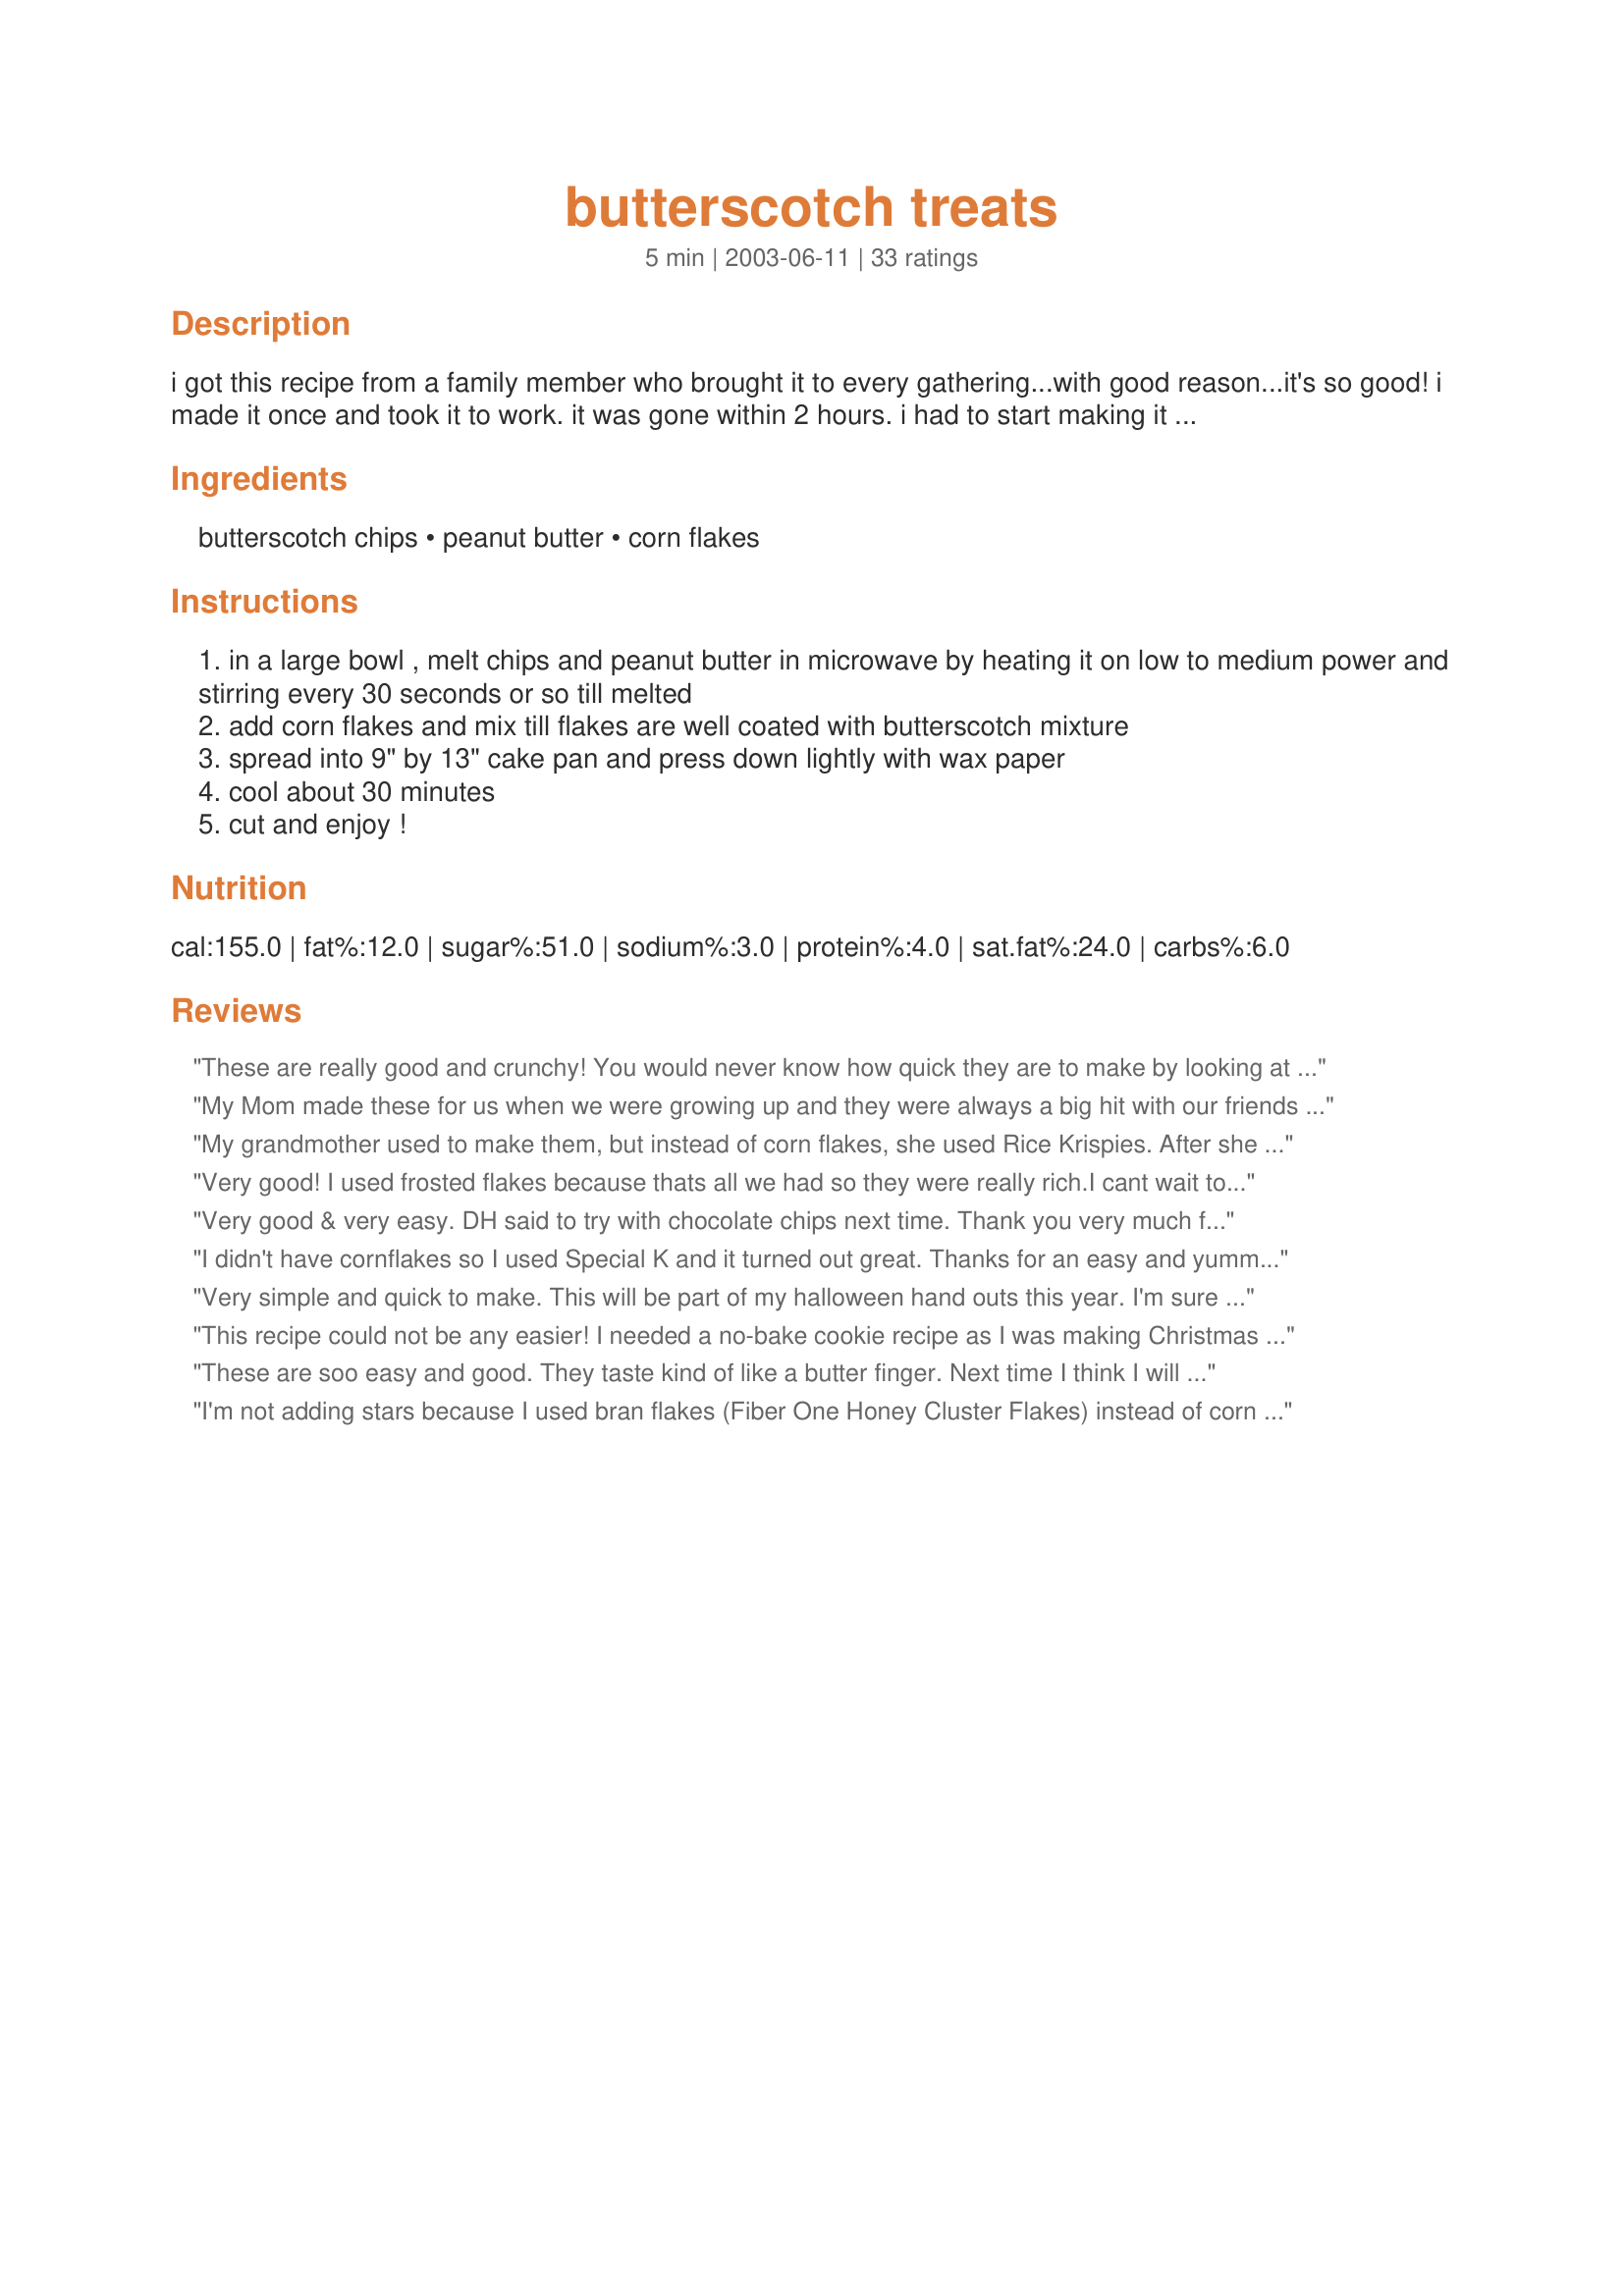
butterscotch treats
Preparation time: 5 minutes

i got this recipe from a family member who brought it to every gathering...with good reason...it's so good! i made it once and took it to work. it was gone within 2 hours. i had to start making it a double batch just so everyone could have some. it is so easy, and so quick. it's a great last minute dish to take.

Ingredients:
butterscotch chips, peanut butter, corn flakes

Steps:
in a large bowl , melt chips and peanut butter in microwave by heating it on low to medium power and stirring every 30 seconds or so till melted
add corn flakes and mix till flakes are well coated with butterscotch mixture
spread into 9" by 13" cake pan and press down lightly with wax paper
cool about 30 minutes
cut and enjoy !

Reviews:
These are really good and crunchy!
You would never know how quick they are to make by looking at them or tasting them. They're terrific!
My Mom made these for us when we were growing up and they were always a big hit with our friends too. I was very happy to find this recipe here! Thanks!
My grandmother used to make them, but instead of corn flakes, she used Rice Krispies. After she made a batch, she always had to hide it, otherwise it would disappear quickly! :)
Very good! I used frosted flakes because thats all we had so they were really rich.I cant wait to try them with corn flakes.Thanks for the recipe.
Very good & very easy. DH said to try with chocolate chips next time. Thank you very much for sharing - this hits the spot.
I didn't have cornflakes so I used Special K and it turned out great. Thanks for an easy and yummy recipe!
Very simple and quick to make. This will be part of my halloween hand outs this year. I'm sure the kids will enjoy them. Thanks Lisa
This recipe could not be any easier! I needed a no-bake cookie recipe as I was making Christmas cookies with my kindergarten class. They loved these butterscotch treats. Thank you for the recipe!
These are soo easy and good. They taste kind of like a butter finger. Next time I think I will add more butterscotch chips because the peanut butter is really overpowering. I also had a little trouble cutting them. If you try to cut them to small they break, but brownie sized pieces cut fine.
I'm not adding stars because I used bran flakes (Fiber One Honey Cluster Flakes) instead of corn flakes. They were fine, but definitely not for someone who hasn't been dieting. I topped them with drizzled melted chocolate and that helped a lot.
Yum! These count as breakfast, right? Great way to use up leftover cereal.
These were delicious! I had to keep mine in the fridge (they were too soft at room temp here), but that certainly won't stop me from making them again. A nice variation from all the other no-bake cookies that have chocolate in them.
Oh, yum! Absolutely delicious! The only thing I would change is doubling the batch next time, as these were pretty thin and I prefer thicker bars (like rice crispy treats). This will definitely be a favorite!
These were so easy to make and so tasty. I brought them to work and gave my daughter and husband to take to work and they were a big hit! Several people asked for the recipe. Thanks Lisa!
I've made these with All Bran cereal. They were very good. I will be trying it with Kashi Crunch next. I really think this would be good with any cereal! Thanks-HK
We love these! I've heard them called Tiger Claws before, but I'm not sure where that name came from! <br/><br/>We followed the recipe exactly, but we don't make them as bar treats. We put them on a wax paper-covered cookie sheet in spoonfuls, then put the cookie sheet in the fridge for about an hour. This makes them form into smaller individual treats that aren't as big as bars. It works better with little kid hands!<br/><br/>I had lost the quantities for each ingredient. Thanks for posting this recipe!
These were great!! Easy and delicious. I also had a problem with them crumbling instead of staying in squares but nobody cared! Thanks so much for the recipe!!
Three words: These are delicious! UPDATE: To switch things up, I added one cup of choc. chips after mixing. They made great choc. butterscotch treats!
Really good, quick & easy snack! I really didn't think these were going to hold together very well but they did once they were fully chilled. It would probably be helpful to grease the pan as well - although I used a glass pan, some of the pb butterscotch mixture stuck.
I made these last summer and totally forgot to rate them. These were snagged up quick by the kids I was watching at the time.. a real winner. YUMMY. Thanks for posting.
I was excited to make these as a treat for my daughter and I. I'm sad to say that they did not go over well with either one of us. I followed the recipe precisely and cannot figure out the buzz surrounding this dish. It was fair at best.
I originally rated these lower and said I had a problem getting them to hold together when cut...well...it seems it was entirely my fault!! It seems I didn't wait long enough to cut them!! After waiting a few hours and trying again they cut and stayed together as they should!
I make these for pot-lucks or family gatherings and they are always the first dessert to go! I usually put less cereal in to make it sweeter. I tried Cheerios instead of Cornflakes once and didn't like it as much.
My 13-year-old granddaughter and I made these during one of our "baking visits". Very rich and easy to make.
Delicious! These are super quick, easy, and oh so rich!! My family devoured them in a hurry. A must for all butterscotch lovers. Thank you for sharing this fantastic recipe...it is a keeper.
AWESOME! We make them with cheerios and white chocolate chips sometimes too and they are amazing both ways. Also, these are good at Christmas time and easy to put into tins to give away. They don't fall apart so easily if you use Cheerios.
My kids loved these! I had a problem with them crumbling instead of staying in pretty little squares... but the kids didn't care!!! thx for posting this easy and good recipe!
Tasty and very easy. Had a problem with the mixture crumbling even after being chilled, I could not have cut it into bars, but the kids just ate it in handfuls. Thanks for sharing the recipe!
I made these for my peanut butter loving daughter. I used 1 cup of pb chips and 1 cup butterscotch chips. She loved them. Next time I will reduce the cornflakes by about a cup. Personally, I love the butterscotch chips better. These are very good and do not pull your fillings out like other recipes I've tried. 8-)
Delicious and fast! Perfect snack that even my 8 year old can make with the use of a microwave. We needed a quick afternoon treat and this was perfect. We dropped them by spoonfuls onto waxed paper sheets and cooled quickly in the freezer.
This was so easy and good. In fact right now they are calling my name. I used some inexpensive butterscotch chips which I would not do again. From now on its brand name only for me. Thanks for this super easy recipe that comes together in a jiffy from ingredients that we always have around the house.
AWESOME! These are so easy to make and sooooo delicious! I made some with white chocolate chips and cheerios. So Yummy! The hardest part is NOT eating them.
Wow, who knew something so simple could be so good? I don't even like butterscotch, but he pb really tones it down so it's not too strong-- love it!
